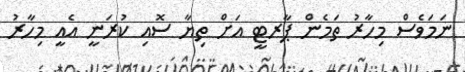
ނަމަވެސް މިހާރު ތަމެން ޕާރޓީ އަށް ތިޔާ ސޮއި ކުރަނީ އެއީ މިހާރު